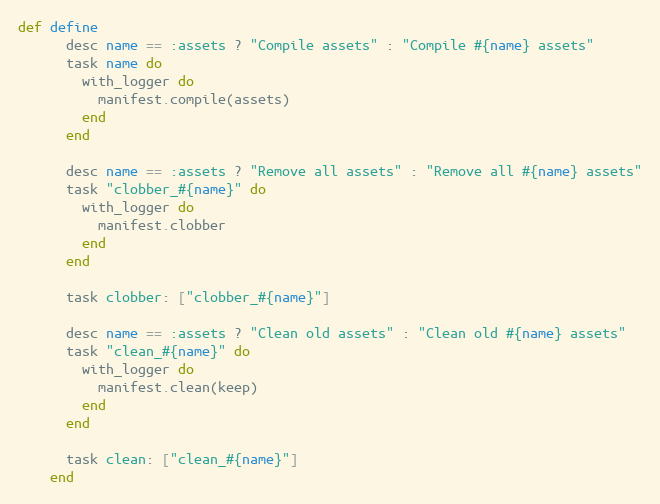
Language: Ruby
def define
      desc name == :assets ? "Compile assets" : "Compile #{name} assets"
      task name do
        with_logger do
          manifest.compile(assets)
        end
      end

      desc name == :assets ? "Remove all assets" : "Remove all #{name} assets"
      task "clobber_#{name}" do
        with_logger do
          manifest.clobber
        end
      end

      task clobber: ["clobber_#{name}"]

      desc name == :assets ? "Clean old assets" : "Clean old #{name} assets"
      task "clean_#{name}" do
        with_logger do
          manifest.clean(keep)
        end
      end

      task clean: ["clean_#{name}"]
    end